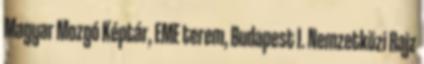
Magyar Mozgó Képtár, EME terem, Budapest I. Nemzetközi Rajz